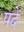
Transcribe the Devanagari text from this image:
पदें